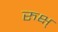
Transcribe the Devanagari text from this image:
रुक्ष्